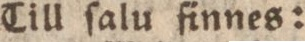
Till ſalu finnes: